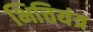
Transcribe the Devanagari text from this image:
भित्तियंत्र